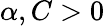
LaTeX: \alpha,C>0